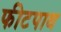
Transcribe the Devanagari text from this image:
फीटपाथ